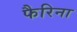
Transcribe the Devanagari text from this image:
फैरिना